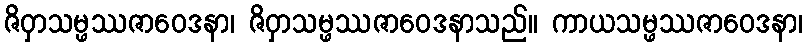
ဇိဝှာသမ္ဖဿဇာဝေဒနာ၊ ဇိဝှာသမ္ဖဿဇာဝေဒနာသည်။ ကာယသမ္ဖဿဇာဝေဒနာ၊